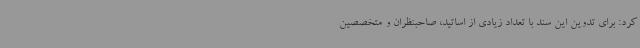
کرد: برای تدوین این سند با تعداد زیادی از اساتید، صاحبنظران و متخصصین